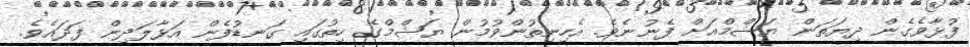
ފުޅާވެގެން ދިޔަތަން ޔަޝްމްއަށް ފެނުނެވެ. އެހިނިތުންވުމުން ޔަޝްމްގެ ހިތުގައި ގަނޑުފެން އަޅާލަދިން ފަދައެވެ.